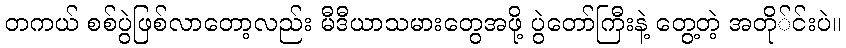
တကယ် စစ်ပွဲဖြစ်လာတော့လည်း မီဒီယာသမားတွေအဖို့ ပွဲတော်ကြီးနဲ့ တွေ့တဲ့ အတို်င်းပဲ။